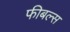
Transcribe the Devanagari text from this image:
फीबल्स